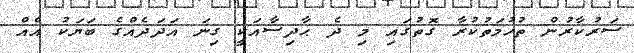
ސަރުކާރުން ތުހުމަތުކުރާ ގޮތުގައި މި ދެ ޙާދިސާއަކީ ގިނަ އަދަދެއްގެ ބަޔަކު އެއް